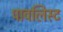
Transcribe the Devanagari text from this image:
पावलिस्ट